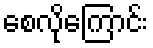
စေလိုကြောင်း